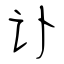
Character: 讣